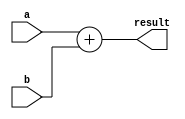
module adder(a, b, result);
    input [31:0] a, b;
    output reg [31:0] result;

    always @(a or b) begin
        result = a + b;
    end

endmodule